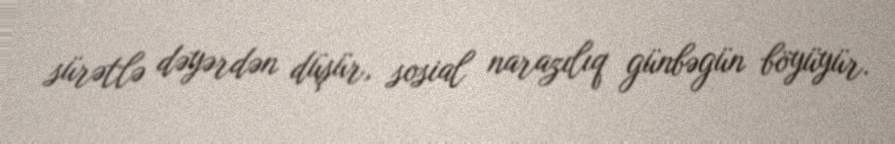
sürətlə dəyərdən düşür, sosial narazılıq günbəgün böyüyür.